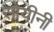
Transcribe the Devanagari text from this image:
सोयीनी